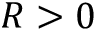
R > 0